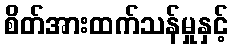
စိတ်အားထက်သန်မှုနှင့်